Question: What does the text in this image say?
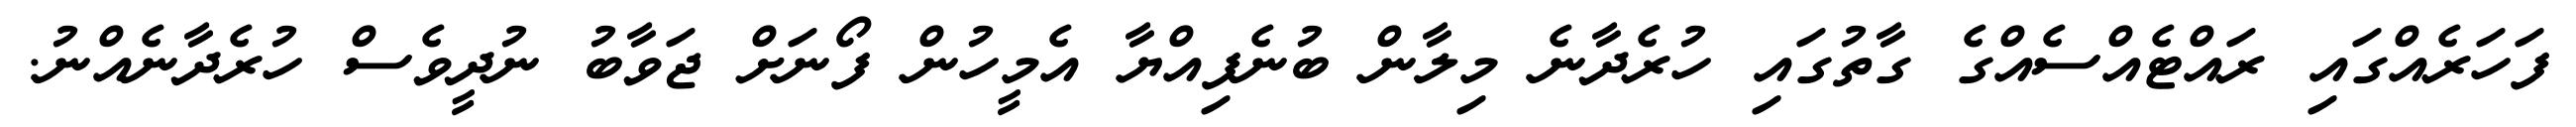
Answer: ފަހަރެއްގައި ރައްޓެއްސެއްގެ ގާތުގައި ހުރެދާނެ މިލާން ބުނެފިއްޔާ އެމީހުން ފޯނަށް ޖަވާބު ނުދީވެސް ހުރެދާނެއްނު.